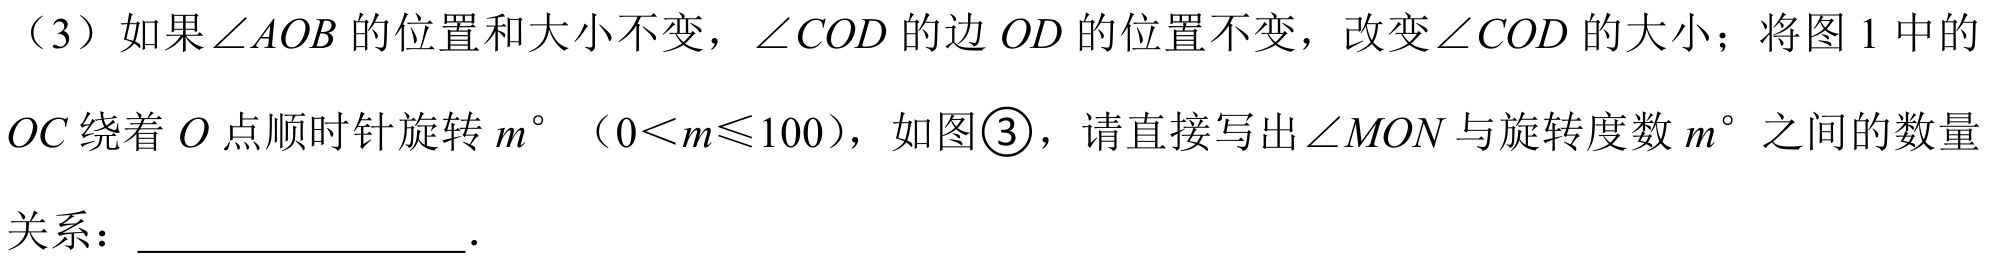
（3）如果\(\angle AOB\)的位置和大小不变，\(\angle COD\)的边\(OD\)的位置不变，改变\(\angle COD\)的大小；将图 1 中的\(OC\)绕着\(O\)点顺时针旋转\(m^{\circ}\)（\(0 < m\leqslant100\)），如图\textcircled{3}，请直接写出\(\angle MON\)与旋转度数\(m^{\circ}\)之间的数量关系：  ．